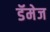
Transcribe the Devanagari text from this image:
डॅमेज